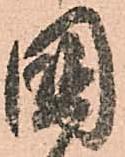
國